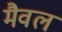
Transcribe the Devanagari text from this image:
मैवल